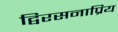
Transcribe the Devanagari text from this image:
द्विरसनाप्रिय